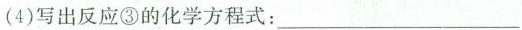
（4）写出反应③的化学方程式：___